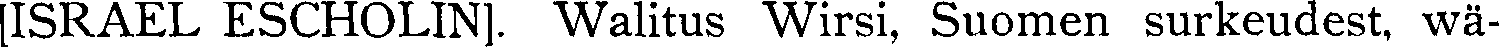
[ISRAEL ESCHOLIN]. Walitus Wirsi, Suomen surkeudest, wä-